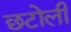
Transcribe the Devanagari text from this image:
छटोली